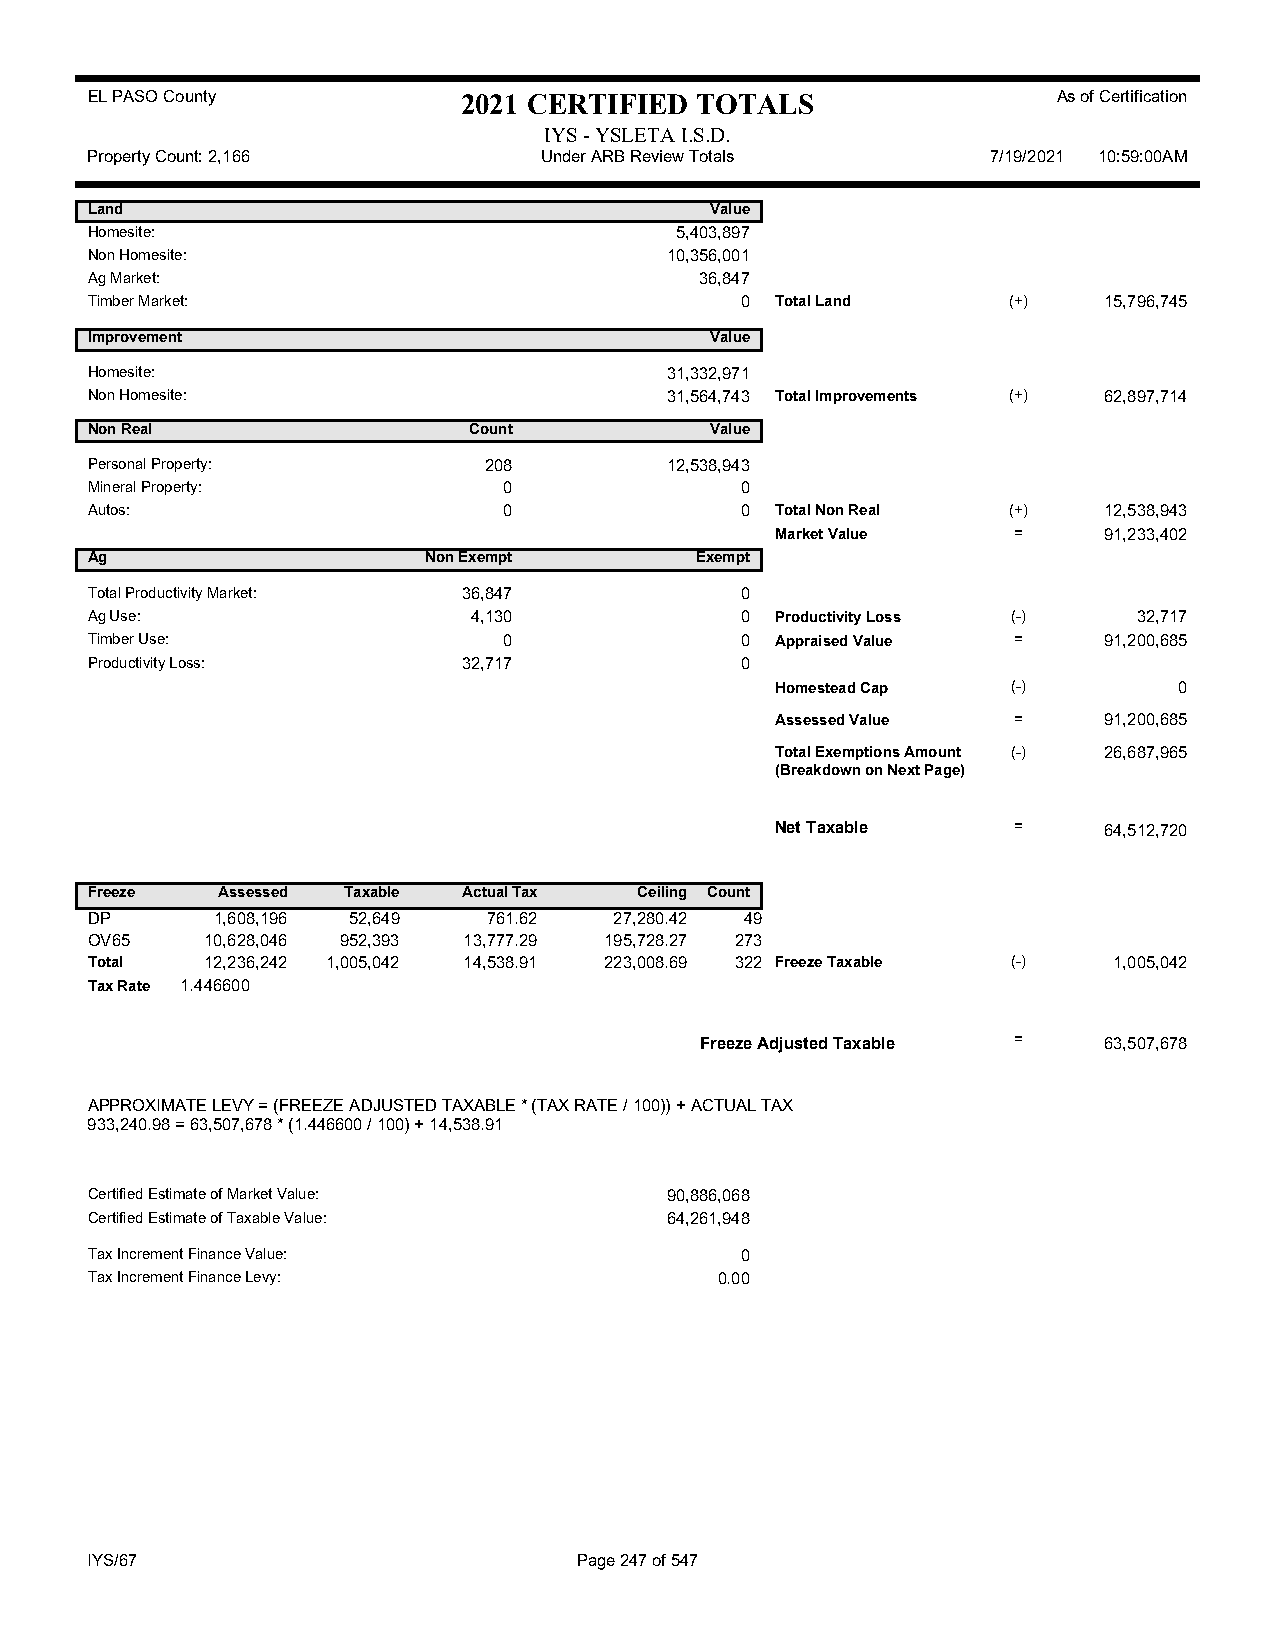
EL PASO County           2021 CERTIFIED TOTALS                  As of Certification
 IYS - YSLETA I.S.D.
 Property Count: 2,166         Under ARB Review Totals       7/19/2021 10:59:00AM
 Land                                     Value
 Homesite:                              5,403,897
 Non Homesite:                         10,356,001
 Ag Market:                              36,847
 Timber Market:                             0 Total Land      (+)   15,796,745
 Improvement                              Value
 Homesite:                             31,332,971
 Non Homesite:                         31,564,743 Total Improvements (+) 62,897,714
 Non Real                 Count           Value
 Personal Property:        208         12,538,943
 Mineral Property:          0               0
 Autos:                     0               0 Total Non Real  (+)   12,538,943
 Market Value    =     91,233,402
 Ag                    Non Exempt        Exempt
 Total Productivity Market: 36,847          0
 Ag Use:                  4,130             0 Productivity Loss (-)   32,717
 Timber Use:                0               0 Appraised Value =     91,200,685
 Productivity Loss:       32,717            0
 Homestead Cap   (-)        0
 Assessed Value  =     91,200,685
 Total Exemptions Amount (-) 26,687,965
 (Breakdown on Next Page)
 Net Taxable     =     64,512,720
 Freeze  Assessed Taxable Actual Tax Ceiling Count
 DP      1,608,196 52,649  761.62   27,280.42 49
 OV65    10,628,046 952,393 13,777.29 195,728.27 273
 Total   12,236,242 1,005,042 14,538.91 223,008.69 322 Freeze Taxable (-) 1,005,042
 Tax Rate 1.446600
 Freeze Adjusted Taxable =  63,507,678
 APPROXIMATE LEVY = (FREEZE ADJUSTED TAXABLE * (TAX RATE / 100)) + ACTUAL TAX
 933,240.98 = 63,507,678 * (1.446600 / 100) + 14,538.91
 Certified Estimate of Market Value:   90,886,068
 Certified Estimate of Taxable Value:  64,261,948
 Tax Increment Finance Value:               0
 Tax Increment Finance Levy:               0.00
 IYS/67                          Page 247 of 547